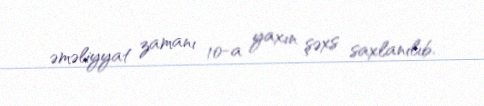
əməliyyat zamanı 10-a yaxın şəxs saxlanılıb.